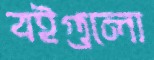
বইগুলো